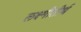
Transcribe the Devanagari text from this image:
लक्ष्मीतीर्थ